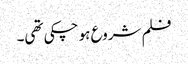
فلم شروع ہو چکی تھی۔